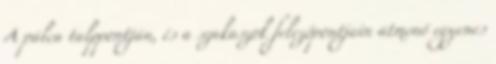
A pálca talppontján, és a szakaszok felezőpontjain átmenő egyenes